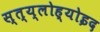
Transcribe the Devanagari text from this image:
स्त्य्लोह्योइद